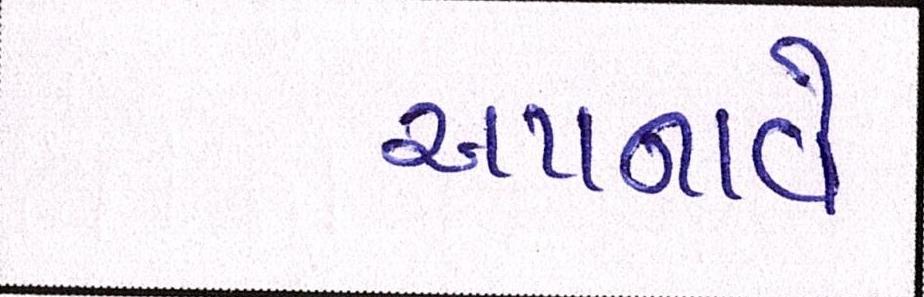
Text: અપનાવે